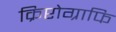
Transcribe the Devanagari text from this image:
क्रिप्टोग्राफि